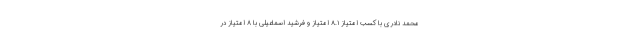
محمد نادری با کسب امتیاز ۸.۱ امتیاز و فرشید اسماعیلی با ۸ امتیاز در